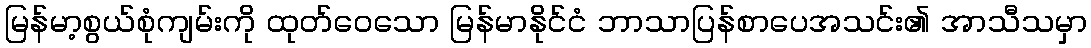
မြန်မာ့စွယ်စုံကျမ်းကို ထုတ်ဝေသော မြန်မာနိုင်ငံ ဘာသာပြန်စာပေအသင်း၏ အာသီသမှာ